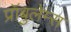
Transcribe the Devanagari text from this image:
प्रॉबुलेम्स